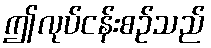
ဤလုပ်ငန်းစဉ်သည်